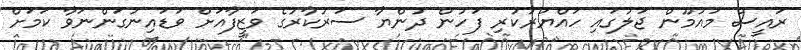
ރައީސް މައުމޫން ޖަލުގައި ހައްޔަރުކުރި ފަހުން ދުންޔާ ސަރުކާރުގެ ވަޒީފާއަށް ވަޑައިނުގަންނަވާ ކަމަށް